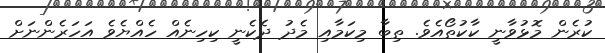
ކުރެން މޮޅުވާނީ ކާކުތޯއެވެ. ތިބާ މިކަމާއި މެދު ދެކެނީ ކިހިނެއް ހެއްޔެވެ އަހަރެންނަށް